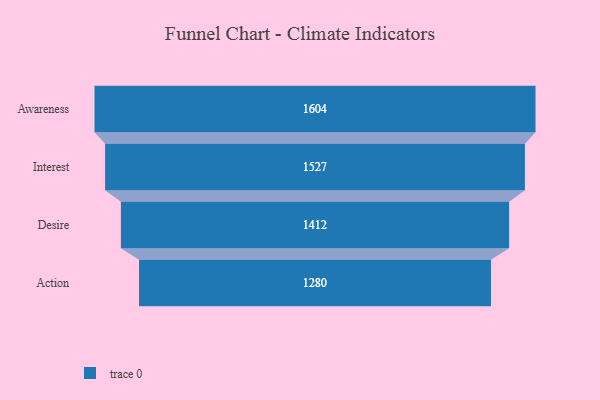
{"axis": {"x": "Stage", "y": "Value"}, "legend": [""], "data": [{"x": "Awareness", "y": 1604.0, "type": ""}, {"x": "Interest", "y": 1527.0, "type": ""}, {"x": "Desire", "y": 1412.0, "type": ""}, {"x": "Action", "y": 1280.0, "type": ""}]}